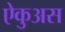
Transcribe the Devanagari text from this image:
ऐकुअस